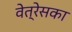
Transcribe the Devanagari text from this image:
वेत्रेसका